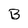
Character: B